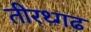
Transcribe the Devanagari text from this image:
तीरथ्गढ